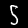
Label: 5